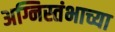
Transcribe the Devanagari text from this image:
अग्निस्तंभाच्या